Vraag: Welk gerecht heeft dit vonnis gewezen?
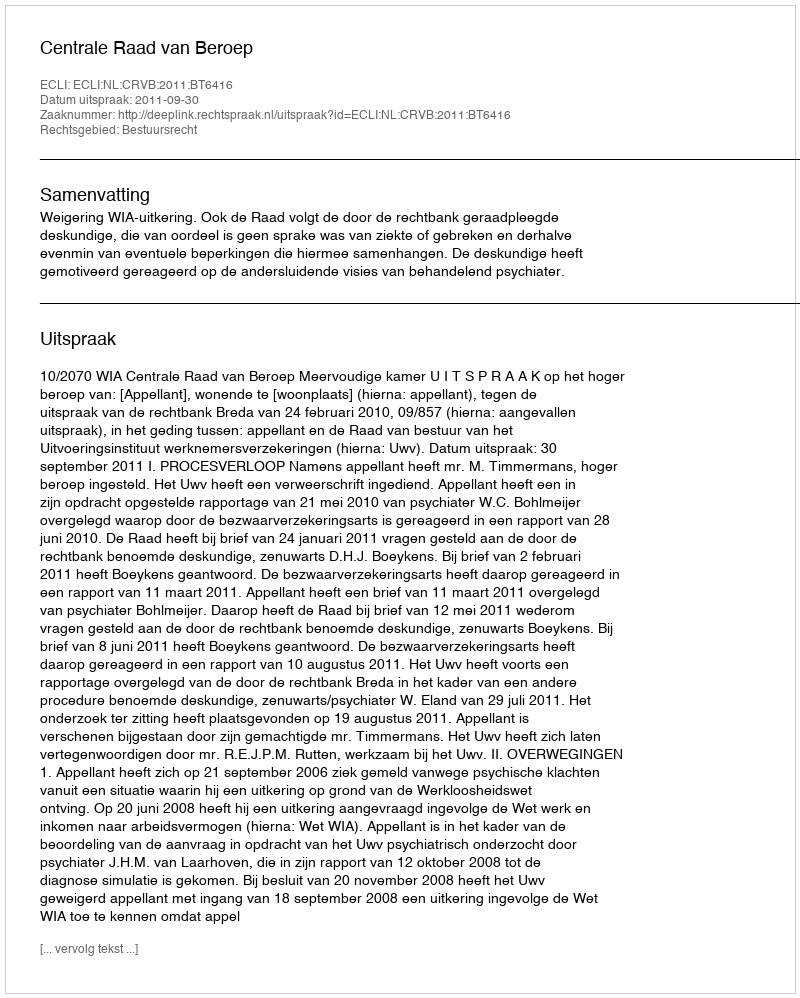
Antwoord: Centrale Raad van Beroep